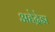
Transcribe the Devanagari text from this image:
अहेद्रेझ